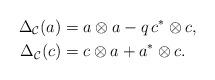
LaTeX: \begin{align*}\Delta_\mathcal{C} (a) &= a \otimes a - q \, c^* \otimes c, \\\Delta_\mathcal{C} (c) &= c \otimes a + a^* \otimes c. \end{align*}